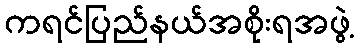
ကရင်ပြည်နယ်အစိုးရအဖွဲ့